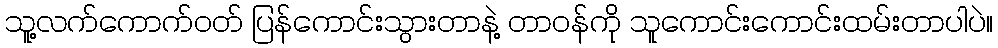
သူ့လက်ကောက်ဝတ် ပြန်ကောင်းသွားတာနဲ့ တာဝန်ကို သူကောင်းကောင်းထမ်းတာပါပဲ။